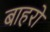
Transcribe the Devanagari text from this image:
बाहरो